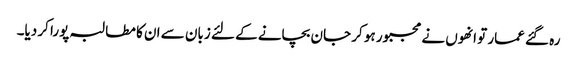
رہ گئے عمار تو انھوں نے مجبور ہو کر جان بچانے کے لئے زبان سے ان کا مطالبہ پورا کر دیا۔